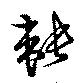
韔